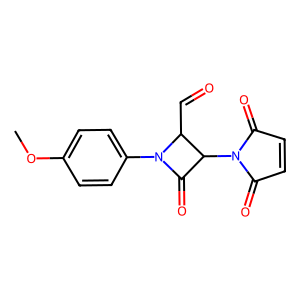
SMILES: COc1ccc(N2C(=O)C(N3C(=O)C=CC3=O)C2C=O)cc1
Inhibits HIV replication: No